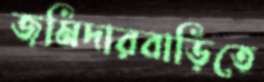
জমিদারবাড়িতে